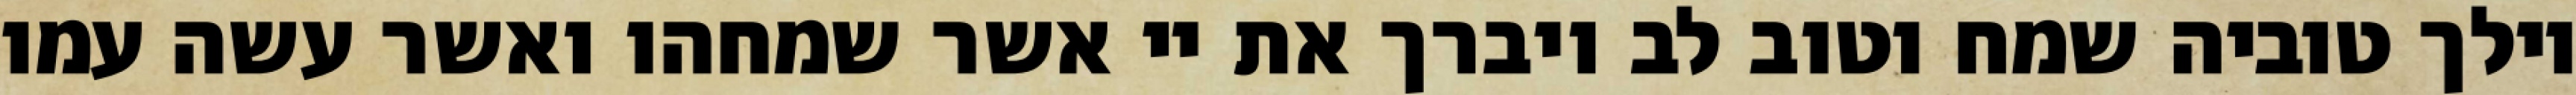
וילך טוביה שמח וטוב לב ויברך את יי אשר שמחהו ואשר עשה עמו